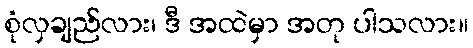
စုံလှချည်လား၊ ဒီ အထဲမှာ အတု ပါသလား။